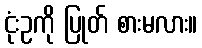
ငုံးဥကို ပြုတ် စားမလား။